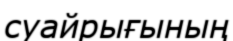
суайрығының